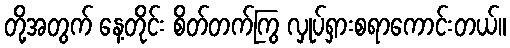
တို့အတွက် နေ့တိုင်း စိတ်တက်ကြွ လှုပ်ရှားစရာကောင်းတယ်။